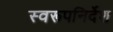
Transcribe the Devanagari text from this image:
स्वरूपनिर्देश